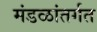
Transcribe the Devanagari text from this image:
मंडळांतर्गत